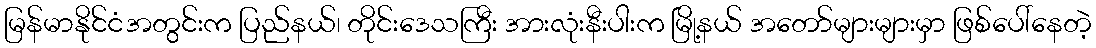
မြန်မာနိုင်ငံအတွင်းက ပြည်နယ်၊ တိုင်းဒေသကြီး အားလုံးနီးပါးက မြို့နယ် အတော်များများမှာ ဖြစ်ပေါ်နေတဲ့